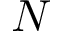
N